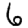
Digit: 6